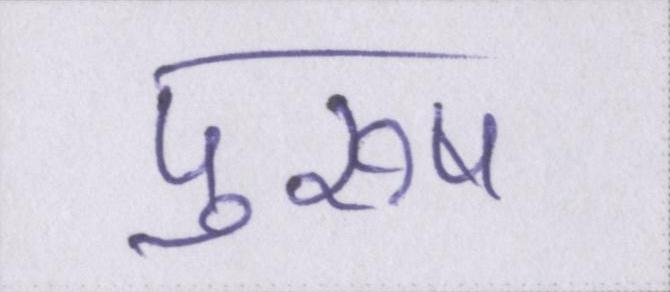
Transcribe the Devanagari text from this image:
पुरूष